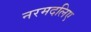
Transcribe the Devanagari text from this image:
नरमदलिए